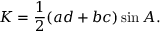
K = { \frac { 1 } { 2 } } ( a d + b c ) \sin { A } .